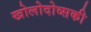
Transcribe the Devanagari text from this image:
खोलोदोव्सकी